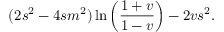
( 2 s ^ { 2 } - 4 s m ^ { 2 } ) \ln \left( \frac { 1 + v } { 1 - v } \right) - 2 v s ^ { 2 } .